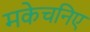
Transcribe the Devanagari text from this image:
मकेचनिए